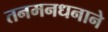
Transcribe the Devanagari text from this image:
तनमनधनाने